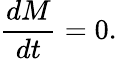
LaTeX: \frac{dM}{dt}=0.